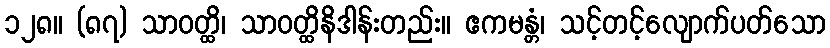
၁၂၈။ (၈၇) သာဝတ္ထိ၊ သာဝတ္ထိနိဒါန်းတည်း။ ဧကမန္တံ၊ သင့်တင့်လျောက်ပတ်သော